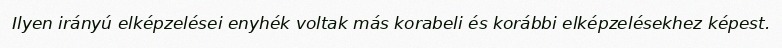
Ilyen irányú elképzelései enyhék voltak más korabeli és korábbi elképzelésekhez képest.